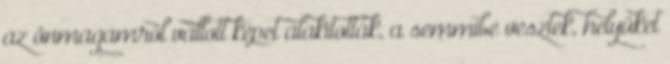
az önmagamról vallott képet alakították, a semmibe vesztek, helyüket